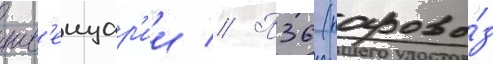
шв'еицар'ии // П36 (парово́з